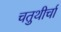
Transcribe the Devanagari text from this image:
चतुथीर्चा